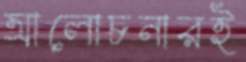
আলোচনারই